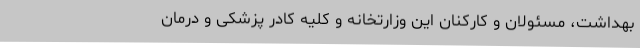
بهداشت، مسئولان و کارکنان این وزارتخانه و کلیه کادر پزشکی و درمان